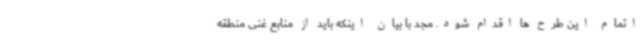
اتمام این طرح ها اقدام شود. مجد با بیان اینکه باید از منابع غنی منطقه